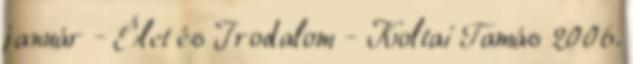
január - Élet és Irodalom - Koltai Tamás 2006.